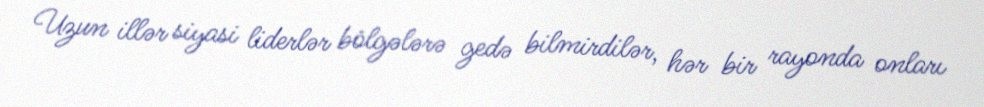
Uzun illər siyasi liderlər bölgələrə gedə bilmirdilər, hər bir rayonda onları